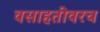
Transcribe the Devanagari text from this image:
वसाहतींवरच